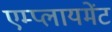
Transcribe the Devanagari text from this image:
एम्प्लायमेंट